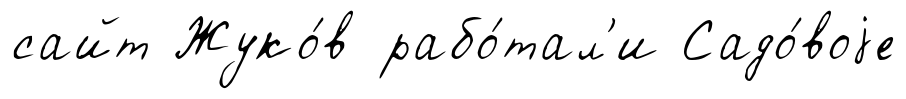
сайт Жуко́в рабо́тал'и Садо́воjе